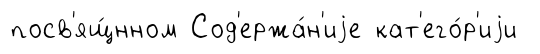
посв'ящ́нном Сод'ержа́н'иjе кат'его́р'иjи